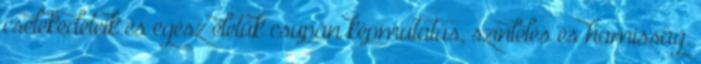
cselekedeteik és egész életük csupán képmutatás, színlelés és hamisság.